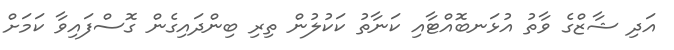
އަދި ޝާޒްގެ ވާތު އުޅަނބޮއްޓާއި ކަނާތު ކަކުލުން ތިރި ބިންދައިގެން ގޮސްފައިވާ ކަމަށް